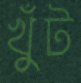
খুঁট